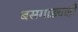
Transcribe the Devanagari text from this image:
बसगाड्याही